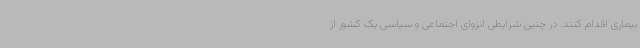
بیماری اقدام کنند. در چنین شرایطی انزوای اجتماعی و سیاسی یک کشور از